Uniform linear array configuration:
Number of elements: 32
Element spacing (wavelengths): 0.75
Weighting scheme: uniform
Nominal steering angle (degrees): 60
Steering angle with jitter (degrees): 58.1
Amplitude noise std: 0.05
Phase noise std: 0.05

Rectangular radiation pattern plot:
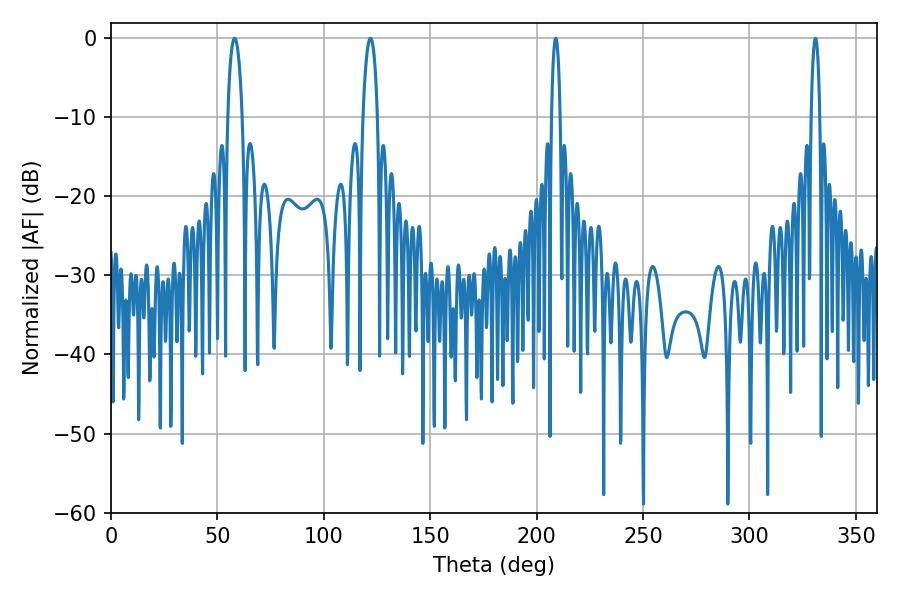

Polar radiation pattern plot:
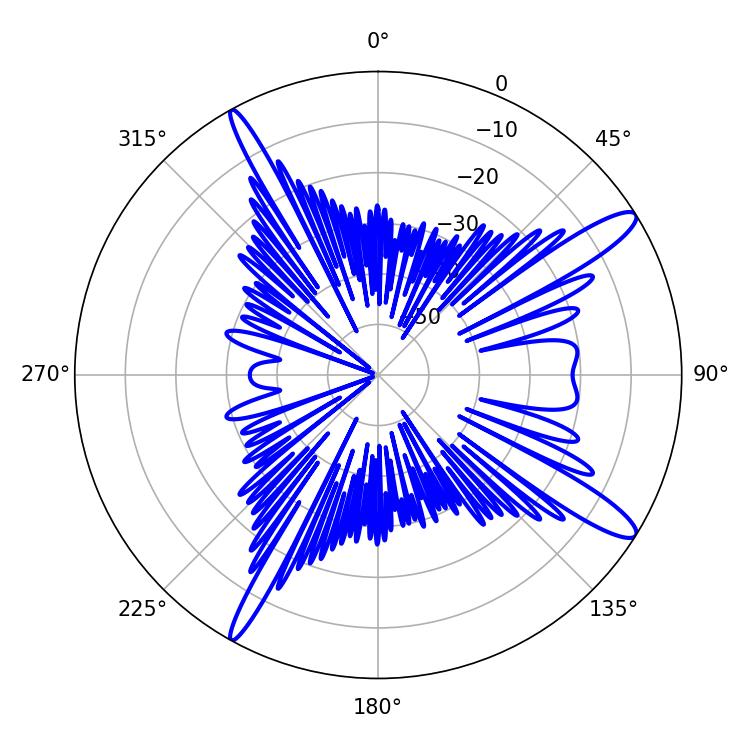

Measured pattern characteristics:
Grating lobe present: TRUE
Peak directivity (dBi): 13.534
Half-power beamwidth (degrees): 2.16
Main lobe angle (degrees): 208.98